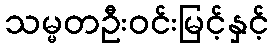
သမ္မတဦးဝင်းမြင့်နှင့်